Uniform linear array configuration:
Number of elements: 8
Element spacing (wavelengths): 0.5
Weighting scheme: binomial
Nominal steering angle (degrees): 60
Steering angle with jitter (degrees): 61.022
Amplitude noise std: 0.05
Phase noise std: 0.05

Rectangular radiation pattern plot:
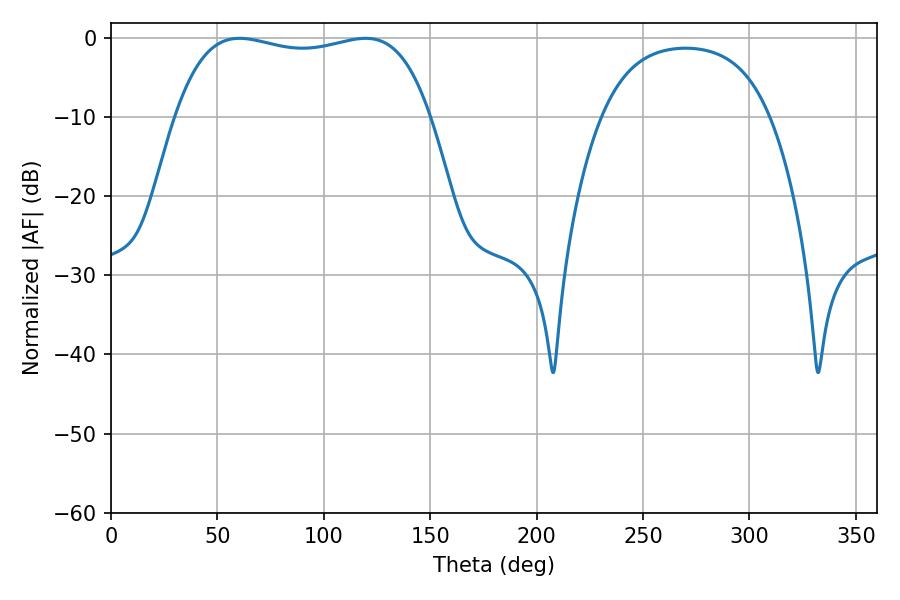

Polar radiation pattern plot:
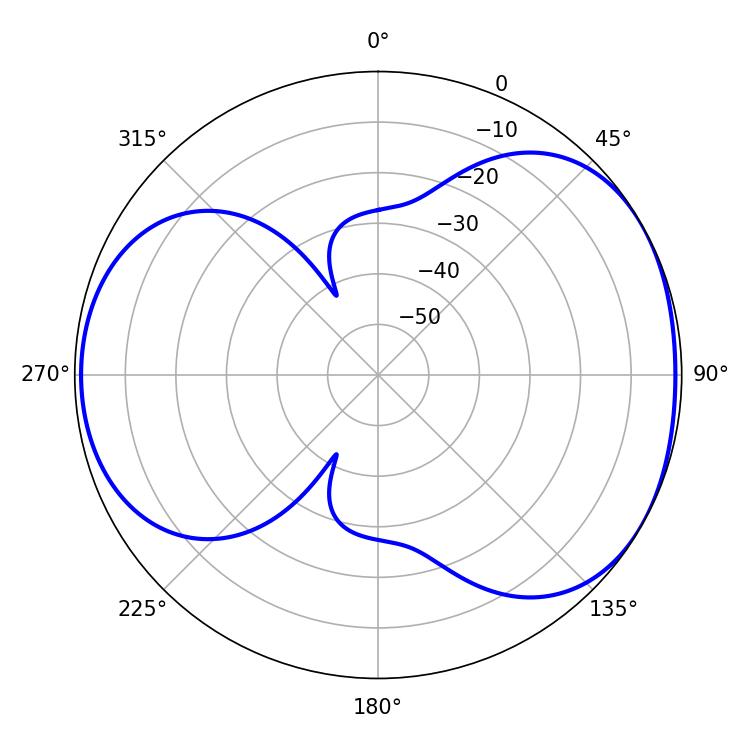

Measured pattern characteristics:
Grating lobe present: FALSE
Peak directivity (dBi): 4.662
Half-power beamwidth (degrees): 96.48
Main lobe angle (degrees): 60.3